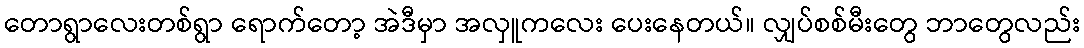
တောရွာလေးတစ်ရွာ ရောက်တော့ အဲဒီမှာ အလှူကလေး ပေးနေတယ်။ လျှပ်စစ်မီးတွေ ဘာတွေလည်း